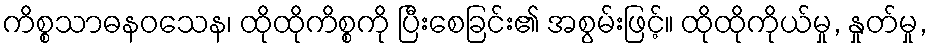
ကိစ္စသာဓနဝသေန၊ ထိုထိုကိစ္စကို ပြီးစေခြင်း၏ အစွမ်းဖြင့်။ ထိုထိုကိုယ်မှု, နှုတ်မှု,